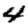
Digit: 4